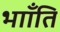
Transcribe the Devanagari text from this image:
भााँति